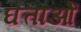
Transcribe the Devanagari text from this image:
घत्ताओं